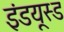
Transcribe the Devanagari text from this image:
इंडयूस्ड